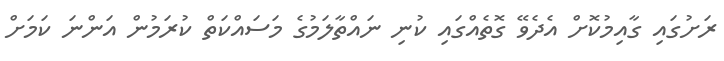
ރަށުގައި ގާއިމުކޮށް އެދެވޭ ގޮތެއްގައި ކުނި ނައްތާލަމުގެ މަސައްކަތް ކުރަމުން އަންނަ ކަމަށް